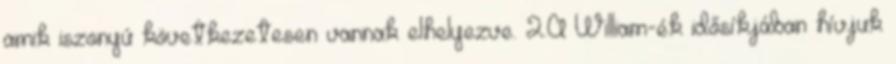
amik iszonyú következetesen vannak elhelyezve. 2.A William-ék idősíkjában hívjuk